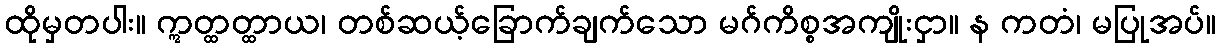
ထိုမှတပါး။ ဣတ္ထတ္ထာယ၊ တစ်ဆယ့်ခြောက်ချက်သော မဂ်ကိစ္စအကျိုးငှာ။ န ကတံ၊ မပြုအပ်။